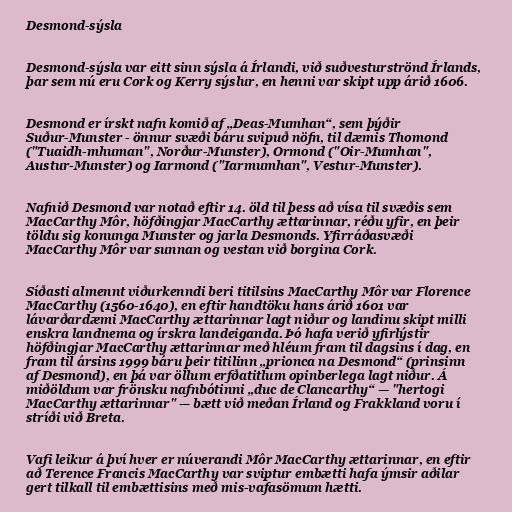
Desmond-sýsla

Desmond-sýsla var eitt sinn sýsla á Írlandi, við suðvesturströnd Írlands,
þar sem nú eru Cork og Kerry sýslur, en henni var skipt upp árið 1606.

Desmond er írskt nafn komið af „Deas-Mumhan“, sem þýðir
Suður-Munster - önnur svæði báru svipuð nöfn, til dæmis Thomond
("Tuaidh-mhuman", Norður-Munster), Ormond ("Oir-Mumhan",
Austur-Munster) og Iarmond ("Iarmumhan", Vestur-Munster).

Nafnið Desmond var notað eftir 14. öld til þess að vísa til svæðis sem
MacCarthy Môr, höfðingjar MacCarthy ættarinnar, réðu yfir, en þeir
töldu sig konunga Munster og jarla Desmonds. Yfirráðasvæði
MacCarthy Môr var sunnan og vestan við borgina Cork.

Síðasti almennt viðurkenndi beri titilsins MacCarthy Môr var Florence
MacCarthy (1560-1640), en eftir handtöku hans árið 1601 var
lávarðardæmi MacCarthy ættarinnar lagt niður og landinu skipt milli
enskra landnema og írskra landeiganda. Þó hafa verið yfirlýstir
höfðingjar MacCarthy ættarinnar með hléum fram til dagsins í dag, en
fram til ársins 1999 báru þeir titilinn „prionca na Desmond“ (prinsinn
af Desmond), en þá var öllum erfðatitlum opinberlega lagt niður. Á
miðöldum var frönsku nafnbótinni „duc de Clancarthy“ — "hertogi
MacCarthy ættarinnar" — bætt við meðan Írland og Frakkland voru í
stríði við Breta.

Vafi leikur á því hver er núverandi Môr MacCarthy ættarinnar, en eftir
að Terence Francis MacCarthy var sviptur embætti hafa ýmsir aðilar
gert tilkall til embættisins með mis-vafasömum hætti.